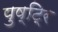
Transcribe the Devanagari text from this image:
पुष्टि्र